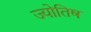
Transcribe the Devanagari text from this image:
ज्योतिष